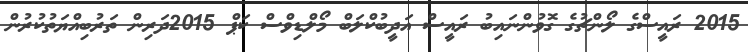
2015 ރައީސްގެ ލޯންޗުގެ ގޮވުންނައިބު ރައީސް އަދީބުކްލަބް މޯލްޑިވްސް ކަޕް 2015ދަރިން ތަރުބިއްޔަތުކުރުން